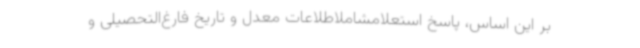
بر این اساس، پاسخ استعلامشاملاطلاعات معدل و تاریخ فارغ‌التحصیلی و